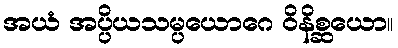
အယံ အပ္ပိယသမ္ပယောဂေ ဝိနိစ္ဆယော။